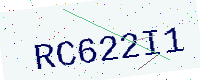
Text: RC622I1